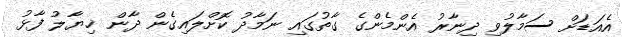
އެއަޑަށް ސަމާލުވި ދިނާރު އެންމެންގެ ގާތުގައި ނަމާދު ކޮށްލައިގެން ދާން ޚިޔާލު ފާޅު